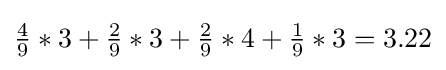
{\textstyle {\frac {4}{9}}*3+{\frac {2}{9}}*3+{\frac {2}{9}}*4+{\frac {1}{9}}*3=3.22}